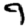
Digit: 9